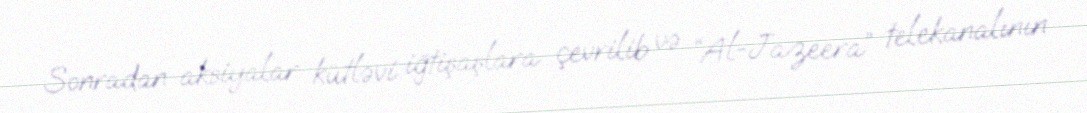
Sonradan aksiyalar kütləvi iğtişaşlara çevrilib və “Al-Jazeera” telekanalının